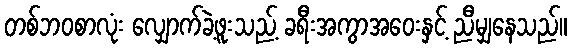
တစ်ဘဝစာလုံး လျှောက်ခဲ့ဖူးသည့် ခရီးအကွာအဝေးနှင့် ညီမျှနေသည်။